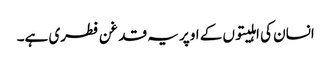
انسان کی اہلیتوں کے اوپر یہ قدغن فطری ہے۔